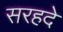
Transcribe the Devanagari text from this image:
सरहदे